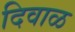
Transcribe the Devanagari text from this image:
दिवाळ